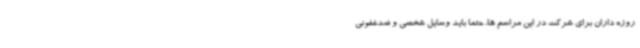
روزه داران برای شرکت در این مراسم ها، حتما باید وسایل شخصی و ضدغفونی